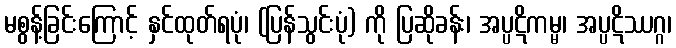
မစွန့်ခြင်းကြောင့် နှင်ထုတ်ရပုံ၊ (ပြန်သွင်းပုံ) ကို ပြဆိုခန်း၊ အပ္ပဋိကမ္မ၊ အပ္ပဋိဿဂ္ဂ၊